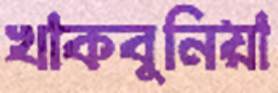
খাকবুনিয়া